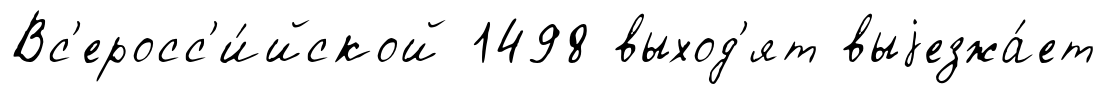
Вс'еросс'и́йской 1498 выход'ят выjезжа́ет